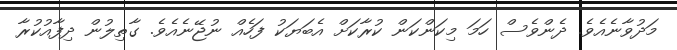
މަދުވާނެއެވެ. ދެންވެސް ހަމަ މިކަންކަން ކުރާކަށް އެބަޔަކު ފަހެއް ނުޖޭނެއެވެ. ގާތިލުން ދިފާއުކުރާ